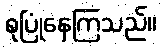
စုပြုံနေကြသည်။